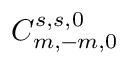
C _ { m , - m , 0 } ^ { s , s , 0 }